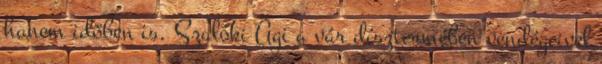
hanem időben is. Szalóki Ági a vár dísztermében vendégeivel